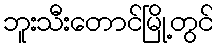
ဘူးသီးတောင်မြို့တွင်